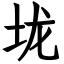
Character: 垅